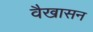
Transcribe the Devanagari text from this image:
वैखासन